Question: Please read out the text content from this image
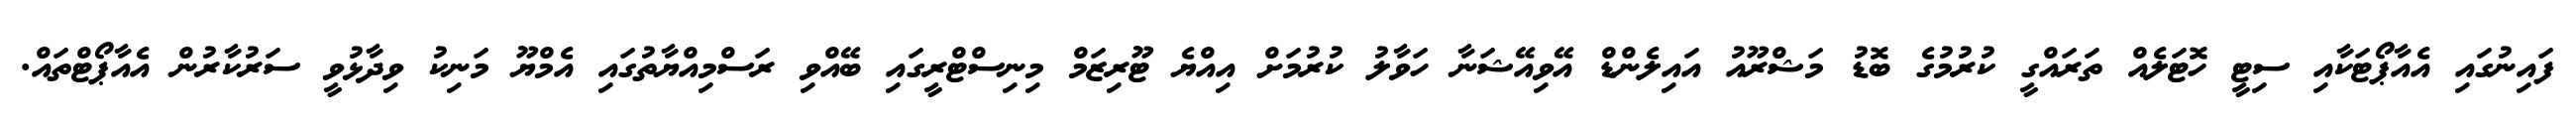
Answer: ފައިނުގައި އެއާޕޯޓަކާއި ސިޓީ ހޮޓަލެއް ތަރައްގީ ކުރުމުގެ ބޮޑު މަޝްރޫއު އައިލެންޑް އޭވިއޭޝަނާ ހަވާލު ކުރުމަށް އިއްޔެ ޓޫރިޒަމް މިނިސްޓްރީގައި ބޭއްވި ރަސްމިއްޔާތުގައި އެމްޔޫ މަނިކު ވިދާޅުވީ ސަރުކާރުން އެއާޕޯޓްތައް.